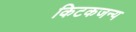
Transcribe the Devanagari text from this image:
किटकजन्य